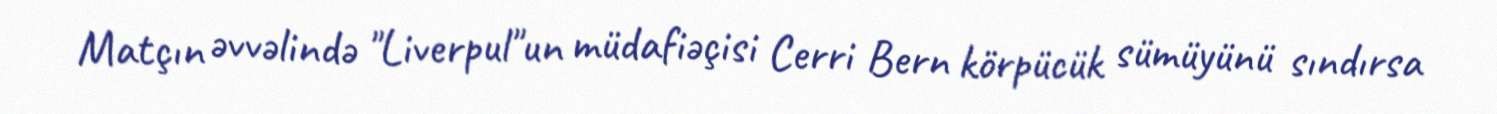
Matçın əvvəlində "Liverpul"un müdafiəçisi Cerri Bern körpücük sümüyünü sındırsa